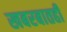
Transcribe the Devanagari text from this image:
खबरबातही